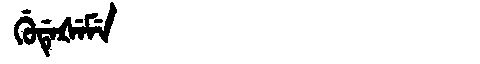
Manchu: ᡤᡠᡩᡝᡧᡝᠮᡝ
Romanization: GUDEŠEME